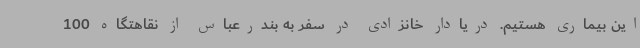
این بیماری هستیم. دریادار خانزادی در سفر به بندرعباس از نقاهتگاه 100